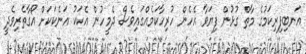
އަނބިފިރިކަމުގެ މާތް ގުޅުން ފިޔަވާ އެހެން ހުރިހާކަމެއްގައިވެސް ދެމީހުން އެކަކު އަނެކަކަށް އޯގާތެރިވެދީ